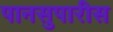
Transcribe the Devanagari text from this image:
पानसुपारीस